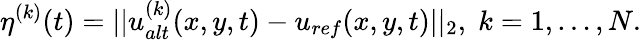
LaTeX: \eta^{(k)}(t)=||u_{alt}^{(k)}(x,y,t)-u_{ref}(x,y,t)||_{2},\; k=1,\dots,N.